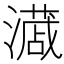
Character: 𭳎